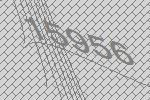
15956